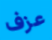
عزف